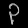
Digit: ၃